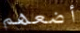
أضعهم